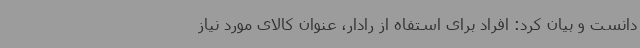
دانست و بیان کرد: افراد برای استفاه از رادار، عنوان کالای مورد نیاز